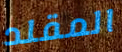
المقلد